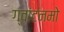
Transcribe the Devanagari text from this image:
ग्वांटनमो